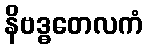
နိဗဒ္ဓတေလကံ